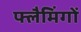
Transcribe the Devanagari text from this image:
फ्लैमिंगों